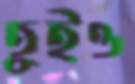
তুইও